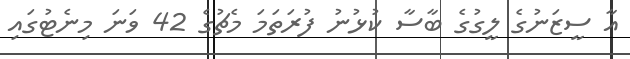
އާ ސީޒަނުގެ ލީގުގެ ބާސާ ކުޅުނު ފުރަތަމަ މެޗުގެ 42 ވަނަ މިނެޓުގައި